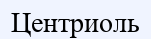
Центриоль